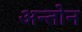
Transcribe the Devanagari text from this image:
अन्तोन